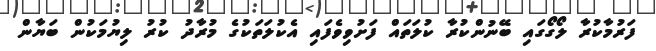
ފަރުމާކުރާ ލޯގޯގައި ބޭނުންކުރާ ކުލަތައް ފަށުވިވެފައި އެކުލަތަކުގެ މުރާދު ކުރު ލިޔުމަކުން ބަޔާން